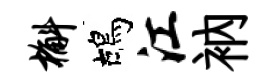
槲鴣江衲